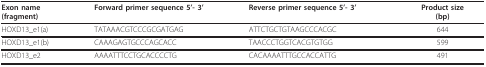
<table><thead><tr><td><b>Exon name(fragment)</b></td><td><b>Forward primer sequence 5&#x27;- 3&#x27;</b></td><td><b>Reverse primer sequence 5&#x27;- 3&#x27;</b></td><td><b>Product size(bp)</b></td></tr></thead><tbody><tr><td>HOXD13_e1(a)</td><td>TATAAACGTCCCGCGATGAG</td><td>ATTCTGCTGTAAGCCCACGC</td><td>644</td></tr><tr><td>HOXD13_e1(b)</td><td>CAAAGAGTGCCCAGCACC</td><td>TAACCCTGGTCACGTGTGG</td><td>599</td></tr><tr><td>HOXD13_e2</td><td>AAAATTTCCTGCACCCCTG</td><td>CACAAAATTTGCCACCATTG</td><td>491</td></tr></tbody></table>